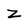
Character: Z